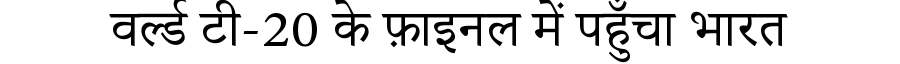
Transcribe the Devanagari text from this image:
वर्ल्ड टी-20 के फ़ाइनल में पहुँचा भारत